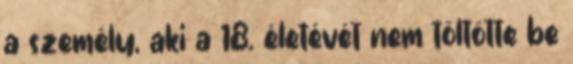
a személy, aki a 18. életévét nem töltötte be